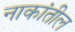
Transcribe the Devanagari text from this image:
नाकांतील